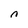
Character: n